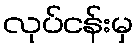
လုပ်ငန်းမှ